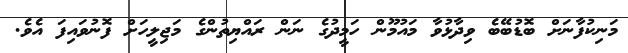
މަނިކުފާނަށް ބޮޑުބޭބެ ވިދާޅުވާ މައުމޫން ހަމީދުގެ ނަން ރައްޔިތުންގެ މަޖިލީހަށް ފޮނުވައިފަ އެވެ.